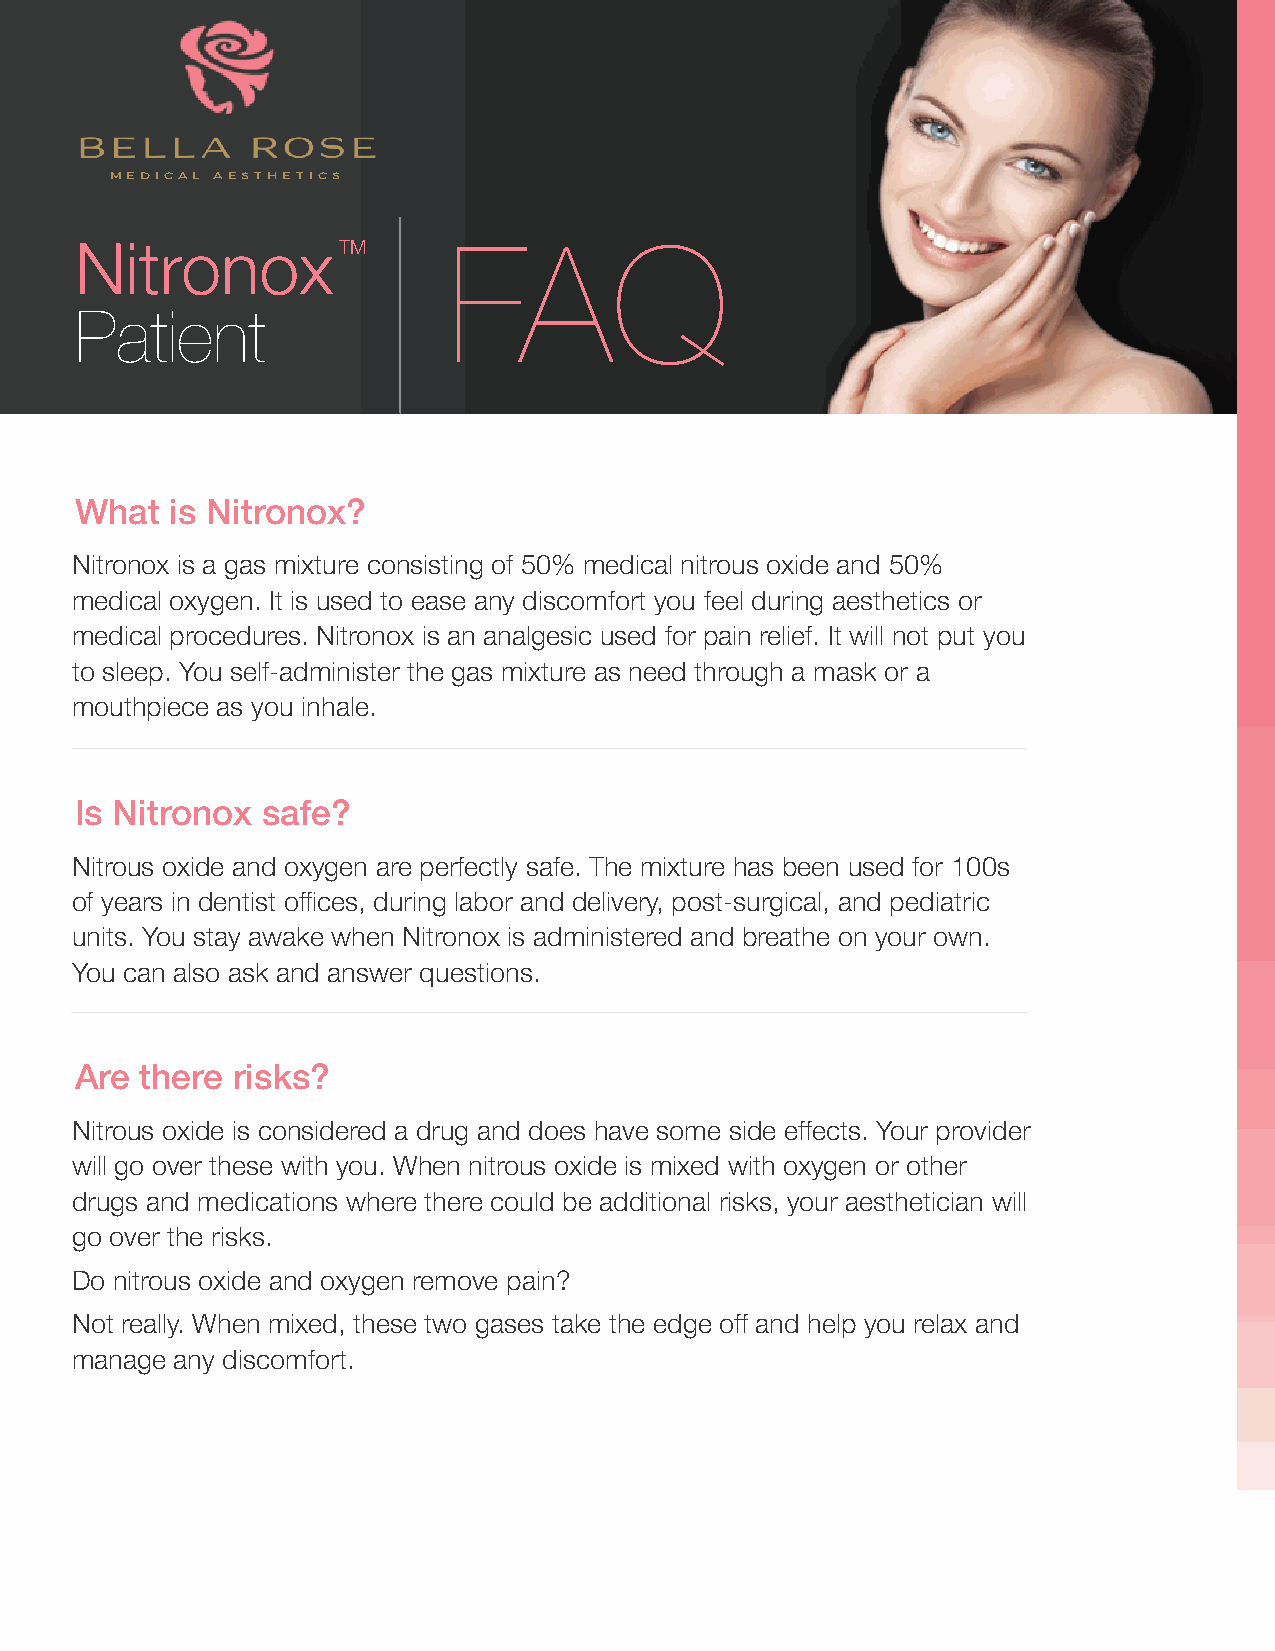
MEDICAL AESTHETICS
 Nitronox         TM      FAQ
 Patient
 What  is Nitronox?
 Nitronox is a gas mixture consisting of 50% medical nitrous oxide and 50%
 medical oxygen. It is used to ease any discomfort you feel during aesthetics or
 medical procedures. Nitronox is an analgesic used for pain relief. It will not put you
 to sleep. You self-administer the gas mixture as need through a mask or a
 mouthpiece as you inhale.
 Is Nitronox safe?
 Nitrous oxide and oxygen are perfectly safe. The mixture has been used for 100s
 of years in dentist offices, during labor and delivery, post-surgical, and pediatric
 units. You stay awake when Nitronox is administered and breathe on your own.
 You can also ask and answer questions.
 Are there risks?
 Nitrous oxide is considered a drug and does have some side effects. Your provider
 will go over these with you. When nitrous oxide is mixed with oxygen or other
 drugs and medications where there could be additional risks, your aesthetician will
 go over the risks.
 Do nitrous oxide and oxygen remove pain?
 Not really. When mixed, these two gases take the edge off and help you relax and
 manage any discomfort.